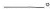
___。